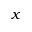
x